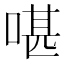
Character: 啿